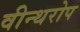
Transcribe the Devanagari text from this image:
वीन्थरोप